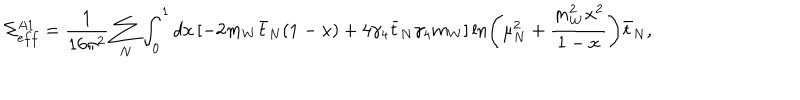
LaTeX: \Sigma _ { e f f } ^ { A 1 } = \frac { 1 } { 1 6 \pi ^ { 2 } } \sum _ { N } \int _ { 0 } ^ { 1 } d x \left[ - 2 m _ { W } \bar { t } _ { N } ( 1 - x ) + 4 \gamma _ { 4 } \bar { t } _ { N } \gamma _ { 4 } m _ { W } \right] \ln \left( \mu _ { N } ^ { 2 } + \frac { m _ { W } ^ { 2 } x ^ { 2 } } { 1 - x } \right) \bar { t } _ { N } ,